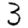
Digit: 3